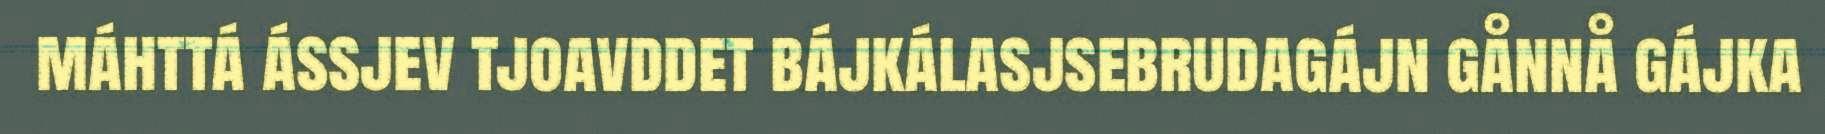
máhttá ássjev tjoavddet bájkálasjsebrudagájn gånnå gájka